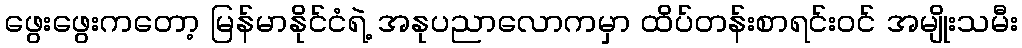
ဖွေးဖွေးကတော့ မြန်မာနိုင်ငံရဲ့ အနုပညာလောကမှာ ထိပ်တန်းစာရင်းဝင် အမျိုးသမီး